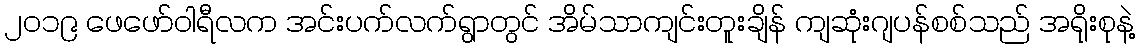
၂၀၁၉ ဖေဖော်ဝါရီလက အင်းပက်လက်ရွာတွင် အိမ်သာကျင်းတူးချိန် ကျဆုံးဂျပန်စစ်သည် အရိုးစုနဲ့